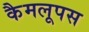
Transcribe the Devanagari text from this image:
कैमलूपस